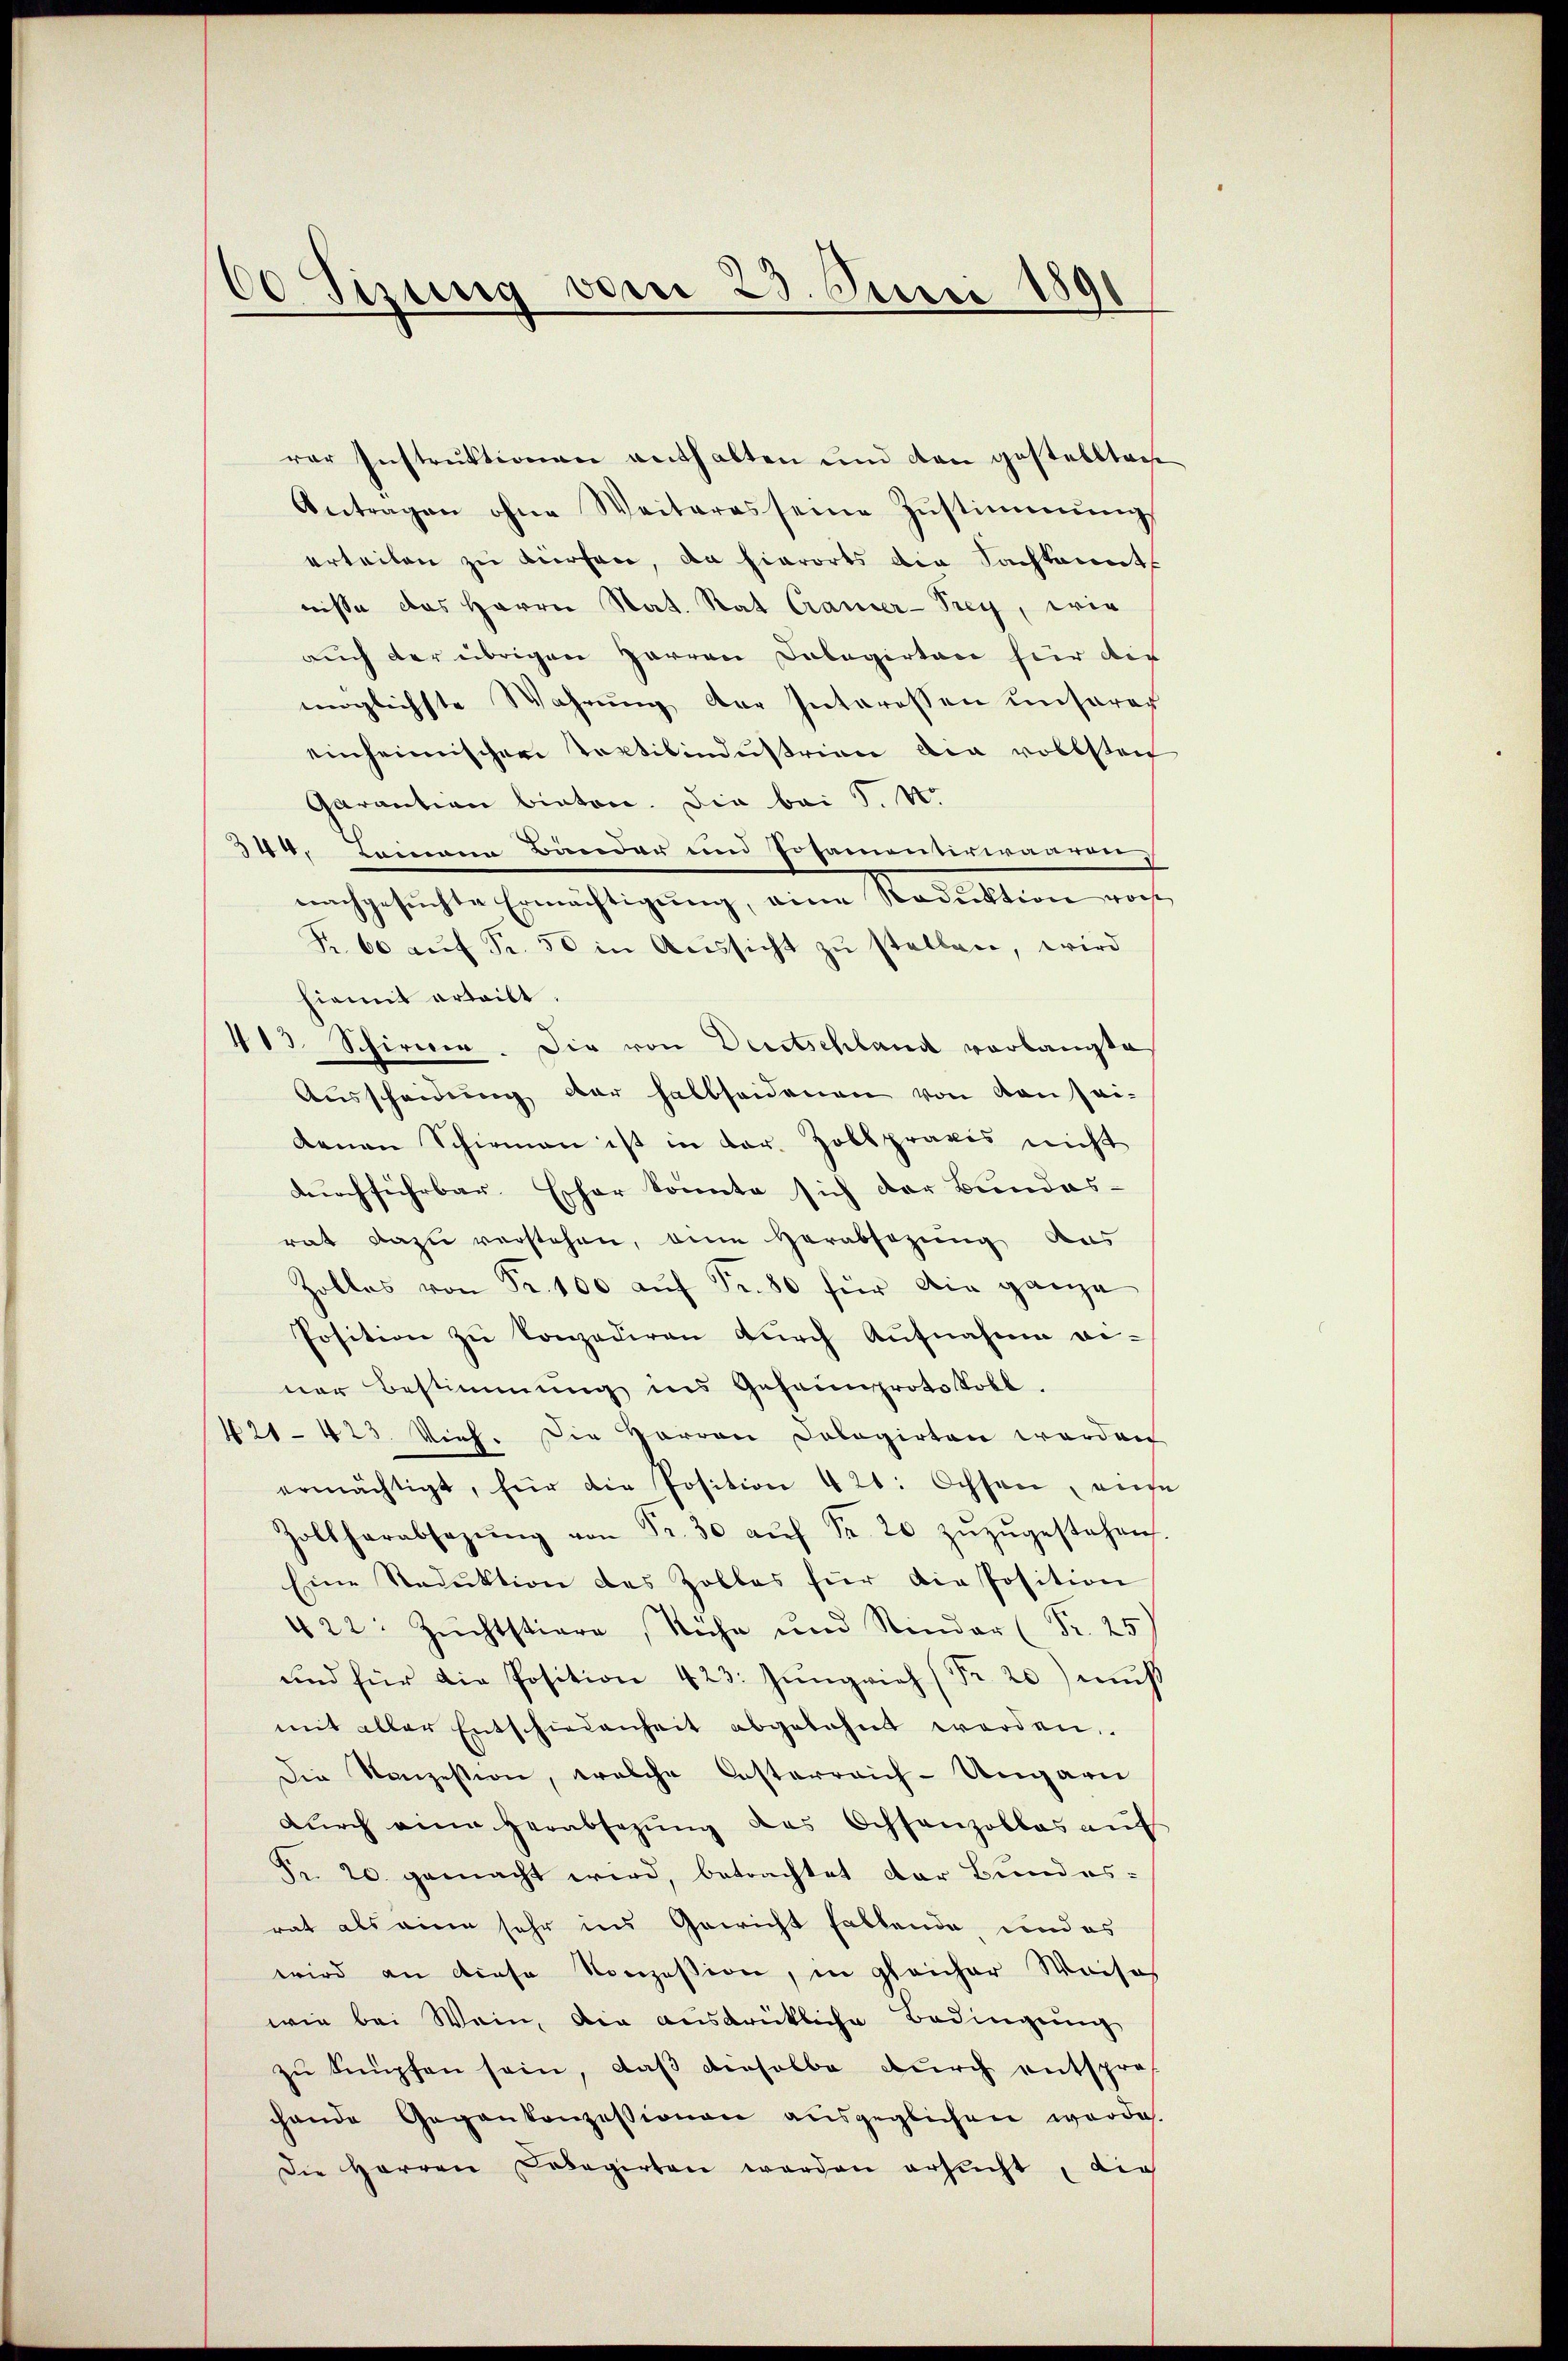
00 Tizung vom 23. Juni 1891

rer Instrŭktionen enthalten und den gestellten
Antragen ohne Weiteres seine Zŭstimmung
erteilen zu dürfen, da hierorts die Sachkannt
nisse das Herrn Stat. Rat Cramer-Prey, wie
auch der übrigen Harren Dolagirten für die
möglichste Wahrŭng der Interessen unserer
einheimischer Tortibindustrian die vollsten
Garantion bieten. Die bei S. 4.
344. Leinana Bander und Posamenterwaaren,
nachgesuchte Ermächtigŭng, eine Reduktion vorh
K. 60 aŭf Fr. 50 in Aŭssicht zŭ stellen, wird
hiemit erteilt.
413. Schirner. Die von Deutschland vorlangte
Ausscheidŭng der halbseidenen von von sei-
denen Schirmen ist in dar. Zollpraxis nicht
durchführbar. Escher konnte sich der Bundes-
rat dazu verstehen, eine Herabsazung aus
Zollas von Fr. 100 aŭf Fr. 80 für die ganze
Position zŭ konzediren durch Aufnahme be-
ner Bestimmung ins Gehainprotokoll.
421-423. Vieh. Die Herren Cologirten worden
ermächtigt, für die Position 421. Ochsen, eine
Zoltherabsazŭng von Fr. 30 aŭf Fr. 20 zŭzŭgestehen
Eine Reduktion des Zolles für die Position
422: Zŭchtstiere Ruhe und Rinder (Fr. 25
und für die Position 423. Jŭngvieh (Nr. 20) mŭβ
mit aller Entschiedenheit abgelehnt werden.
Die Kanzession, welche Casterreich-Ungarn
dŭrch eine herabsetzŭng des Ochsenzollas aŭf
Fr. 20. gemacht wird, betrachtet der Bundes-
rat als eine sehr ins Gewicht fallende und es
wird an diese Konzession, in gleicher Weise
wie bei Wein, die ausdrückliche Bedingung
zu knüpfen sein, daß dieselbe durch entspre
hande Gegenkonzessionen aŭsgeglichen werde.
Die Herren Cobagirten werden ersŭcht, die